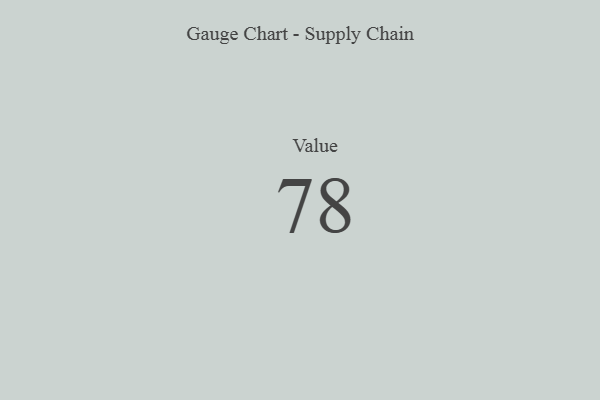
{"axis": {"x": "Metric", "y": "Value"}, "legend": [""], "data": [{"x": "Value", "y": 78, "type": ""}]}